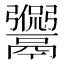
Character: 𩱡